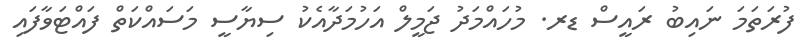
ފުރަތަމަ ނައިބު ރައީސް ޑރ. މުހައްމަދު ޖަމީލް އަހުމަދާއެކު ސިޔާސީ މަސައްކަތް ފައްޓަވާފައި